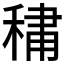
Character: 𮃒